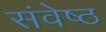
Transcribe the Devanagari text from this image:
संवेष्ठ